Report on the working of the mental hospitals for Indians in Bihar and Orissa - 1925-1929
Year: 1925
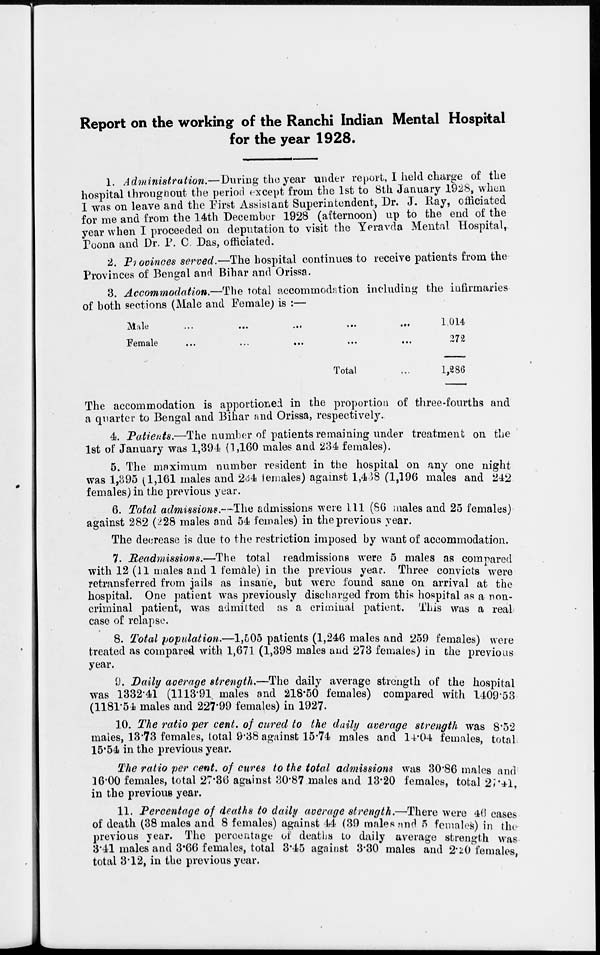
Report on the working of the Ranchi Indian Mental Hospital
for the year 1928.
1. Administration.—During
the year under report, I held charge of the
hospital throughout the period except from the 1st to 8th January 1928, when
I was on leave and the First Assistant Superintendent, Dr. J. Ray, officiated
for me and from the 14th December 1928 (afternoon) up to the end of the
year when I proceeded on deputation to visit the Yeravda Mental Hospital,
Poona and Dr. P. C. Das, officiated.
2. Provinces served.—The hospital continues to receive patients from the
Provinces of Bengal and Bihar and Orissa.
3. Accommodation.—The total accommodation including the infirmaries
of both sections (Male and Female) is :—
Male
...
...
...
...
...
Female
...
...
...
...
...
Total ...
1,014
272
1,286
The accommodation is apportioned in the proportion of three-fourths and
a quarter to Bengal and Bihar and Orissa, respectively.
4. Patients.—The number of patients remaining under treatment on the
1st of January was 1,394 (1,160 males and 234 females).
5. The maximum number resident in the hospital on any one night
was 1,395 (1,161 males and 234 females) against 1,428 (1,196 males and 242
females) in the previous year.
6. Total admissions.—The admissions were 111 (86 males and 25 females)
against 282 (228 males and 54 females) in the previous year.
The decrease is due to the restriction imposed by want of accommodation.
7. Readmissions.—The total readmissions were 5 males as compared
with 12 (11 males and 1 female) in the previous year. Three convicts were
retransferred from jails as insane, but were found sane on arrival at the
hospital. One patient was previously discharged from this hospital as a non-
criminal patient, was admitted as a criminal patient. This was a real
case of relapse.
8. Total population.—1,505 patients (1,246 males and 259 females) were
treated as compared with 1,671 (1,398 males and 273 females) in the previous
year.
9. Daily average strength.—The daily average strength of the hospital
was 1332.41 (1113.91 males and 218.50 females) compared with 1409.53
(1181.54 males and 227.99 females) in 1927.
10. The ratio per cent. of cured to the daily average strength was 8.52
males, 13.73 females, total 9.38 against 15.74 males and 14.04 females, total
15.54 in the previous year.
The ratio per cent. of cures to the total admissions was 30.86 males and
16.00 females, total 27.36 against 30.87 males and 13.20 females, total 27.41,
in the previous year.
11. Percentage of deaths to daily average strength.—There were 46 cases
of death (38 males and 8 females) against 44 (39 males and 5 females) in the
previous year. The percentage of deaths to daily average strength was
3.41 males and 3.66 females, total 3.45 against 3.30 males and 2.20 females
total 3.12, in the previous
year.